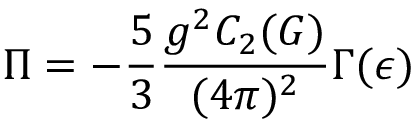
\Pi = - \frac { 5 } { 3 } \frac { g ^ { 2 } C _ { 2 } ( G ) } { ( 4 \pi ) ^ { 2 } } \Gamma ( \epsilon )